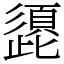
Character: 頾